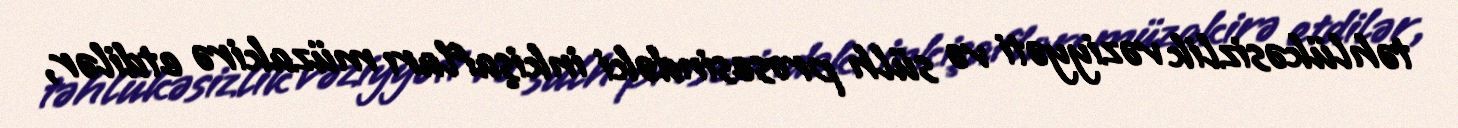
təhlükəsizlik vəziyyəti və sülh prosesindəki inkişafları müzakirə etdilər,